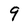
Character: 9